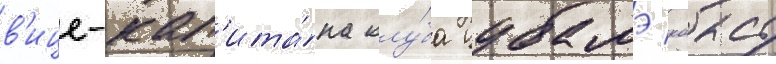
в'ице-кап'ита́на клу́ба цубамэ коасу